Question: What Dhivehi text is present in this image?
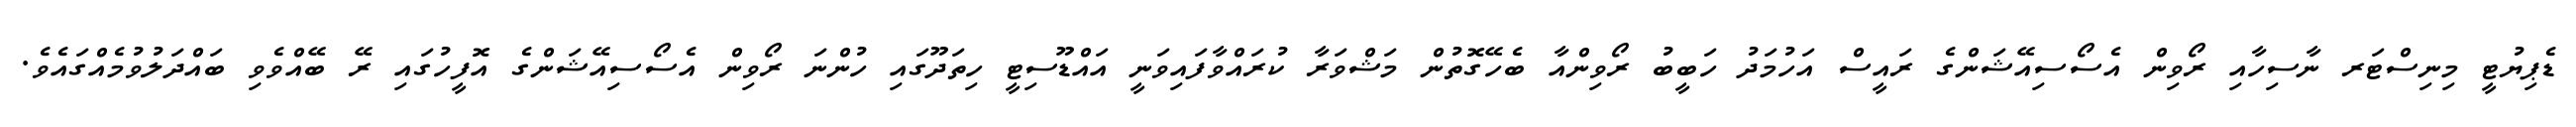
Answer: ޑެޕިޔުޓީ މިނިސްޓަރ ނާސިހާއި ރޯވިން އެސޯސިއޭޝަންގެ ރައީސް އަހުމަދު ހަބީބު ރޯވިންއާ ބެހޭގޮތުން މަޝްވަރާ ކުރައްވާފައިވަނީ އައްޑޫސިޓީ ހިތަދޫގައި ހުންނަ ރޯވިން އެސޯސިއޭޝަންގެ އޮފީހުގައި ރޭ ބޭއްވެވި ބައްދަލުވުމެއްގައެވެ.